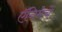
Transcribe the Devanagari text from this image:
ऍनिमेचे